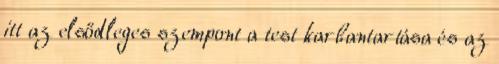
itt az elsődleges szempont a test karbantartása és az